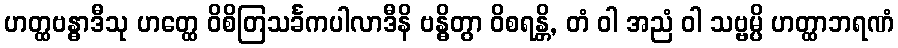
ဟတ္ထဗန္ဓာဒီသု ဟတ္ထေ ဝိစိတြသင်္ခကပါလာဒီနိ ဗန္ဓိတွာ ဝိစရန္တိ, တံ ဝါ အညံ ဝါ သဗ္ဗမ္ပိ ဟတ္ထာဘရဏံ